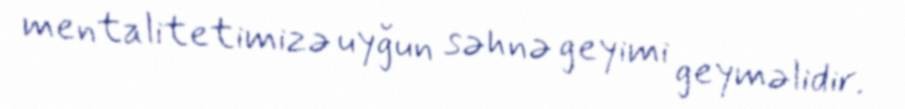
mentalitetimizə uyğun səhnə geyimi geyməlidir.